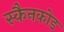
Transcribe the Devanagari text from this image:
स्कैनकोड